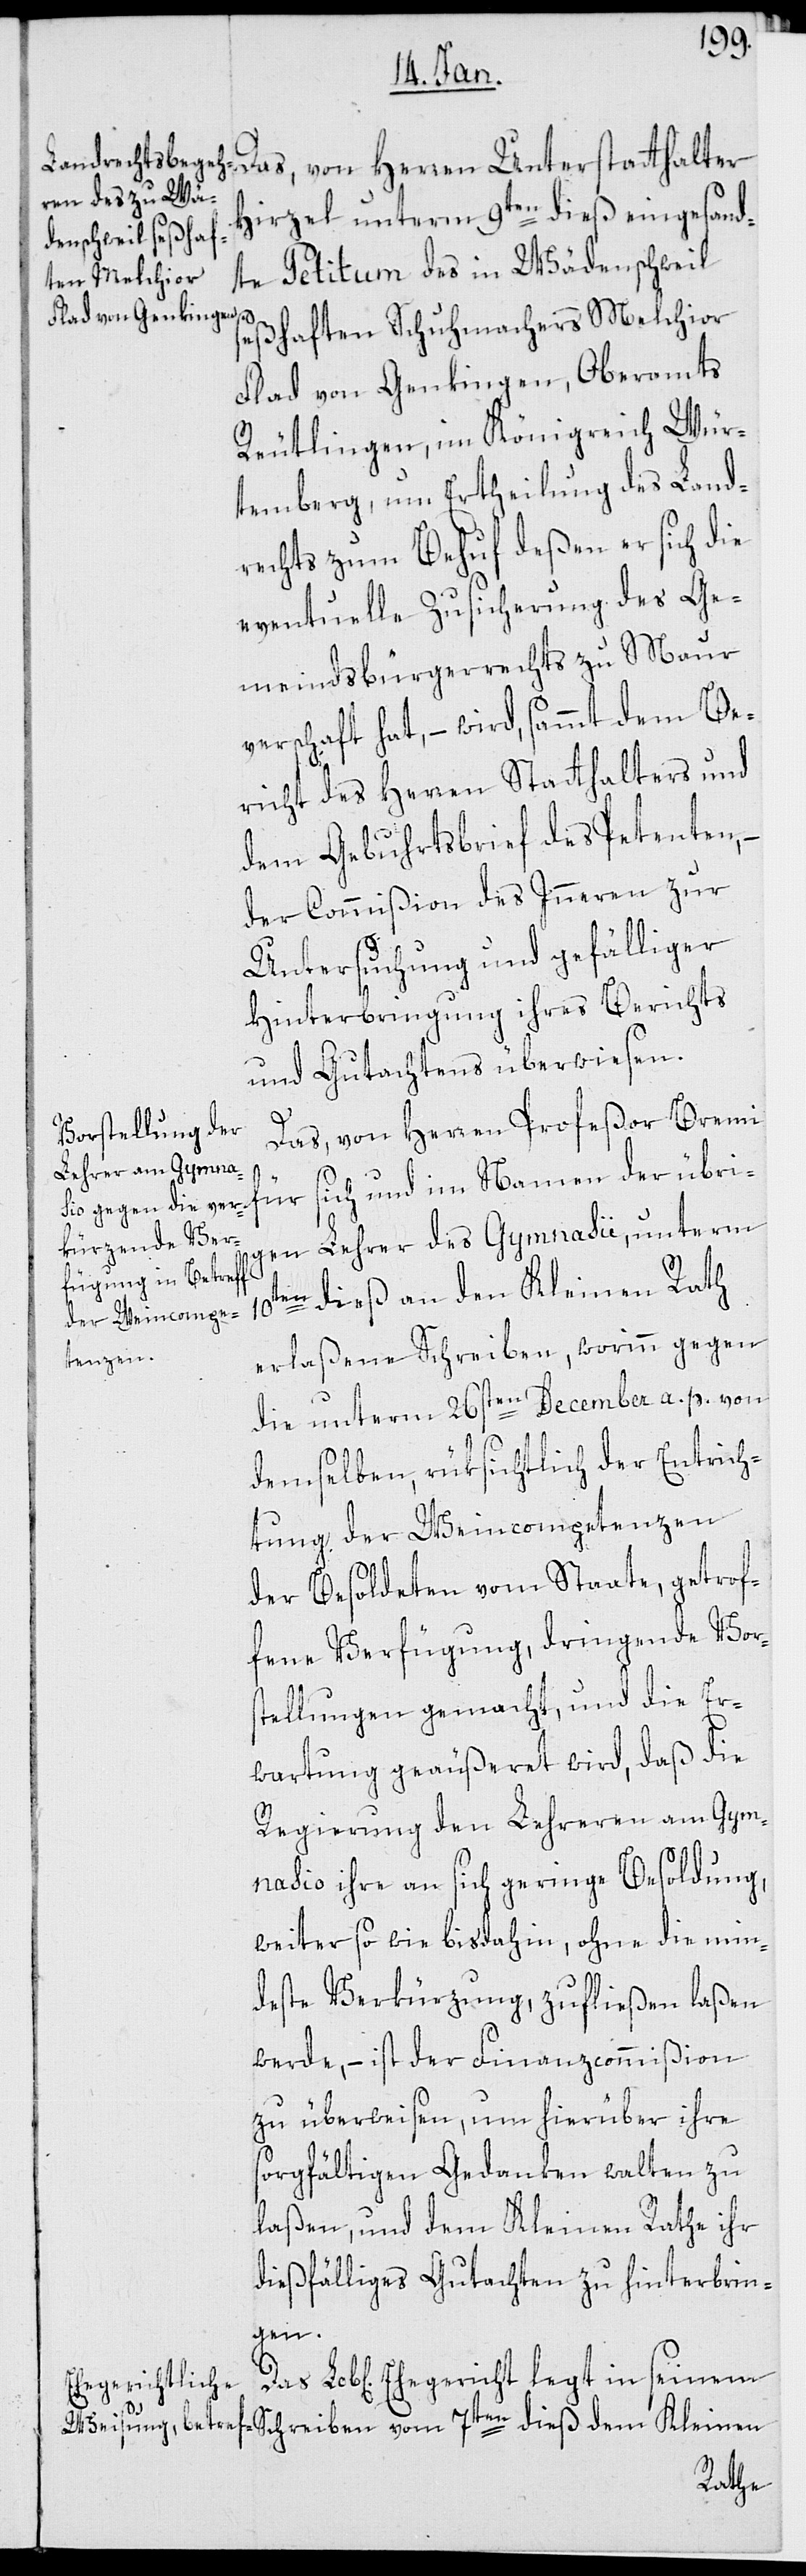
10t¬
Das, von Herren Unterstatthalter
Hirzel unterm 9ten dieß eingesand¬
te Petitum des in Wädenschweil
seßhaften Schuhmachers Melchior
Flad von Genkingen, Oberamts
Reutlingen, im Königreich Wür¬
temberg, um Ertheilung des Land¬
rechts zum Behuf deßen er sich die
eventuelle Zusicherung des Ge¬
meindsbürgerrechts zu Maur
verschaft hat, – wird sammt dem Be¬
richt des Herren Statthalters und
dem Gebuhrtsbrief des Petenten, –
der Commißion des Inneren zur
Untersuchung und gefälliger
Hinterbringung ihres Berichts
und Gutachtens überwiesen.
Das, von Herren Profeßor Bremi
für sich und im Namen der übri¬
gen Lehrer des Gymnasii, unterm
en dieß an den Kleinen Rath
erlaßene Schreiben, worinn gegen
die unterm 26sten December a. p. von
demselben, rüksichtlich der Entrich¬
tung der Weincompetenzen
der Besoldeten vom Staate, getrof¬
fene Verfügung, dringende Vors¬
tellungen gemacht, und die Er¬
wartung geäußert wird, daß die
Regierung den Lehreren am Gym¬
nasio ihre an sich geringe Besoldung,
weiter so wie bisdahin, ohne die min¬
deste Verkürzung, zufließen laßen
werde, – ist der Finanzcommißion
zu überweisen, um hierüber ihre
sorgfältigen Gedanken walten zu
laßen, und dem Kleinen Rathe ihr
dießfälliges Gutachten zu hinterbrin¬
gen.
Ehegericht legt
in seinem Schreiben vom 7ten dieß dem Kleinen